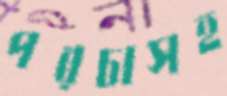
পরচাসহ